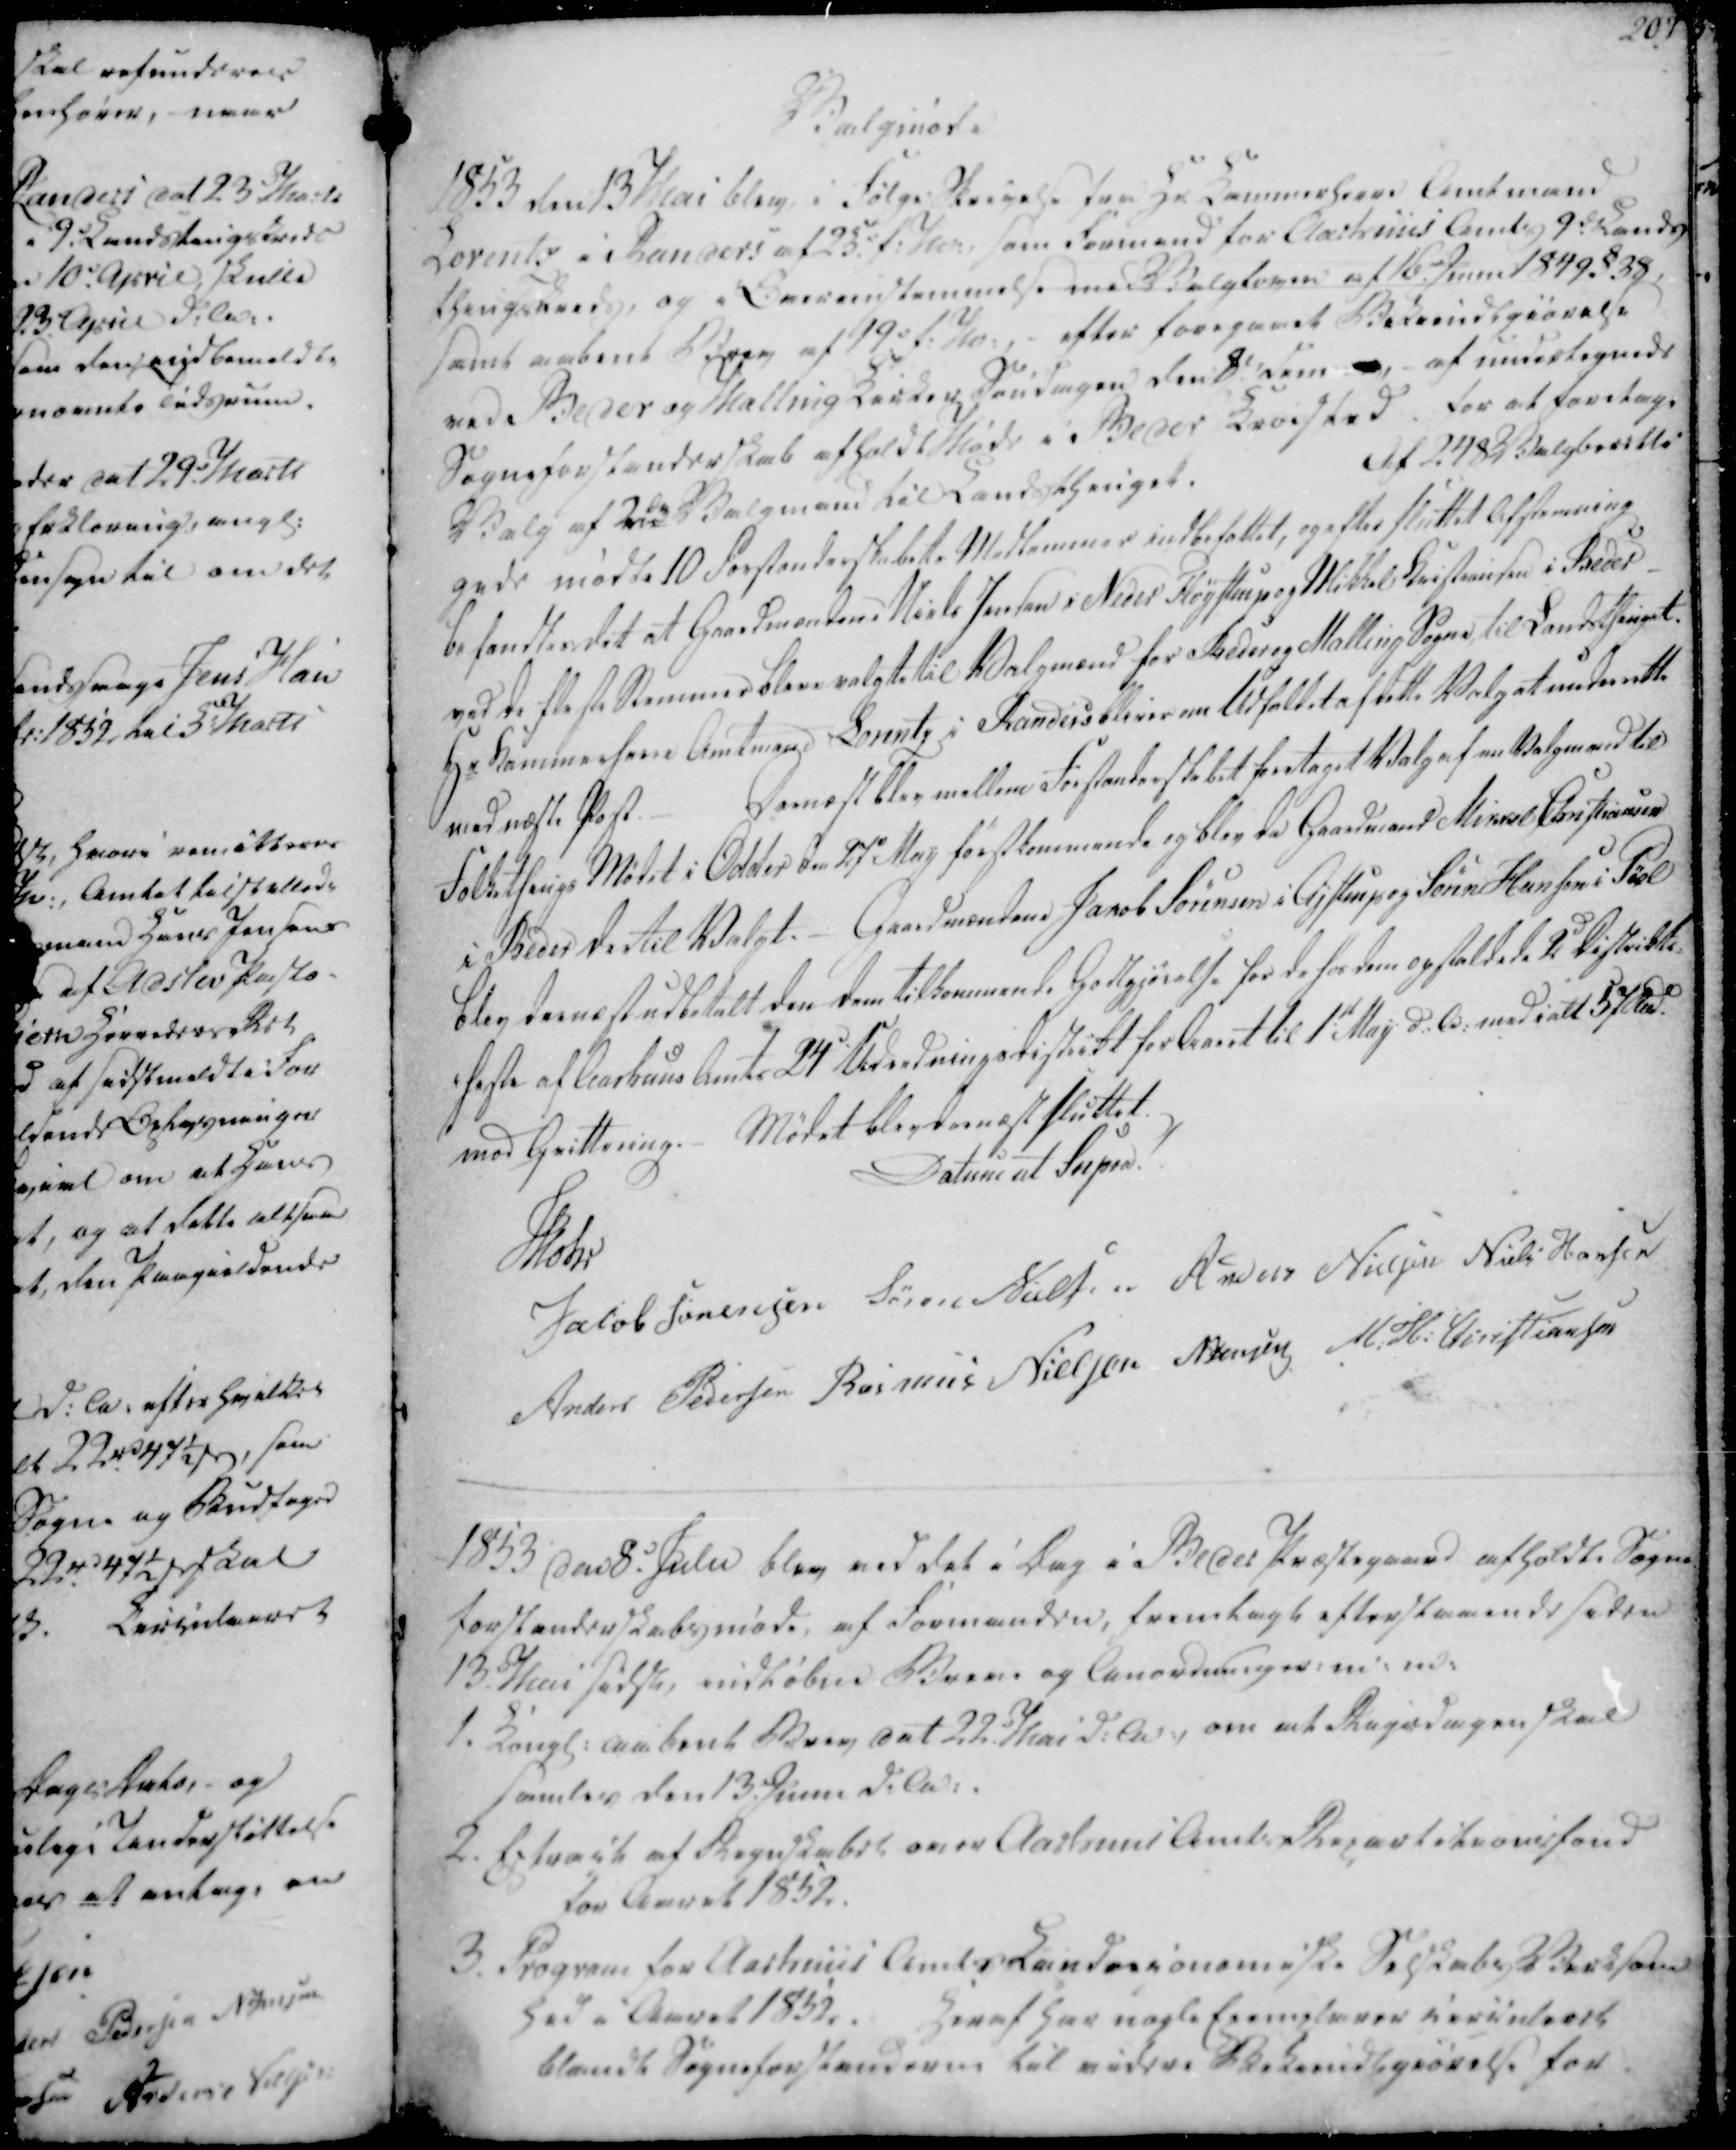
Transskription:
Valgmøde

1853 den 13 Mai blev i Følge Skrivelse fra Hr. Kammerherre Amtmand

Lorentz i Randers af 25. f.M., som Formand for Aarhuus Amts 9de. Lands

thingskreds, og i Overensstemmelse med Valgloven af 16. Junii 1849 §38,

samt aabent Brev af 19d f.M., - efter foregaaet Bekiendtgiørelse

ved Beder og Malling Kirker Søndagen den 8d. d.m

af undertegnede

Sogneforstanderskab afholdt Møde i Beder Kroested. for at foretage

Valgmøde
1853 den 13 Mai blev i Følge Skrivelse fra Hr. Kammerherre Amtmand
Lorentz i Randers af 25. f.M., som Formand for Aarhuus Amts 9de. Lands
thingskreds, og i Overensstemmelse med Valgloven af 16. Junii 1849 §38,
samt aabent Brev af 19d f.M., - efter foregaaet Bekiendtgiørelse
ved Beder og Malling Kirker Søndagen den 8d. d.m
af undertegnede
Sogneforstanderskab afholdt Møde i Beder Kroested. for at foretage

Valg af 2de Valgmand til Landsthinget.

Af 248 Valgberetti

gede mødte 10 Forstanderskabets Medlemmer indbefattet, og efter sluttet Afstemning

befandtes det at Gaardmændene Niels Jensen i Neder Fløystrup og Mikkel Kristiansen i Beder

med de fleste Stemmer bleve valgte til Valgmænd for Beder og Malling Sogne til Landsthinget.

Hr Kammerherre Amtmand Lorentz i Randers bliver om Udfaldet af dette Valg at underrette

ved næste Post.

Dernæst blev mellem Forstanderskabet foretaget Valg af en Valgmand til

Folkethings Mødet i Odder den 27 May førstkommende og blev da Gaardmand Mikkel Christiansen

i Beder dertil Valgt. Gaardmændene Jakob Sørensen i Ajstrup og Søren Hansen i Pøel

blev dernæst udbetalt den dem tilkommende Godtgjørelse for de for dem opstaldede 2d Distrikts-

-heste af Aarhuus Amts 24de Udredningsdistrikt for Aaret til 1st May d.A. med ialt 57 Rbd

mod Qvittering.

Mødet blev dernæst sluttet.

Valg af 2de Valgmand til Landsthinget.
Af 248 Valgberetti
gede mødte 10 Forstanderskabets Medlemmer indbefattet, og efter sluttet Afstemning
befandtes det at Gaardmændene Niels Jensen i Neder Fløystrup og Mikkel Kristiansen i Beder
med de fleste Stemmer bleve valgte til Valgmænd for Beder og Malling Sogne til Landsthinget.
Hr Kammerherre Amtmand Lorentz i Randers bliver om Udfaldet af dette Valg at underrette
ved næste Post.
Dernæst blev mellem Forstanderskabet foretaget Valg af en Valgmand til
Folkethings Mødet i Odder den 27 May førstkommende og blev da Gaardmand Mikkel Christiansen
i Beder dertil Valgt. Gaardmændene Jakob Sørensen i Ajstrup og Søren Hansen i Pøel
blev dernæst udbetalt den dem tilkommende Godtgjørelse for de for dem opstaldede 2d Distrikts-
-heste af Aarhuus Amts 24de Udredningsdistrikt for Aaret til 1st May d.A. med ialt 57 Rbd
mod Qvittering.
Mødet blev dernæst sluttet.

Datum ut Supra!

Mohr

Jacob Sørensen

Søren Nielsen

Anders Nielsen

Niels Hansen

Anders Pedersen

Rasmus Nielsen

N. Jensen

M. H. Christiansen

Datum ut Supra!
Mohr
Jacob Sørensen
Søren Nielsen
Anders Nielsen
Niels Hansen
Anders Pedersen
Rasmus Nielsen
N. Jensen
M. H. Christiansen

1853 den 8d. Julii blev ved det i Dag i Beder Præstegaard afholdte Sogne

forstanderskabsmøde, af Formanden, fremlagt efterstaaende siden

13. Mai sidstl, indløbne Breve og Anordninger, m. m.

1853 den 8d. Julii blev ved det i Dag i Beder Præstegaard afholdte Sogne
forstanderskabsmøde, af Formanden, fremlagt efterstaaende siden
13. Mai sidstl, indløbne Breve og Anordninger, m. m.

1. Kongl. aabent Brev dat 22 Mai d.A., om at Rigsdagen skal

samles den 13. Junii d.A.

2. Extract af Regnskabet over Aarhuus Amts Repartitionsfond

for Aaret 1852.

3. Program for Aarhuus Amts Landeøconomiske Selskabs Verksom

hed i Aaret 1852.

Heraf har nogle Exemplarer Circuleret

blandt Sogneforstanderne til videre Bekiendtgjørelse for

1. Kongl. aabent Brev dat 22 Mai d.A., om at Rigsdagen skal
samles den 13. Junii d.A.
2. Extract af Regnskabet over Aarhuus Amts Repartitionsfond
for Aaret 1852.
3. Program for Aarhuus Amts Landeøconomiske Selskabs Verksom
hed i Aaret 1852.
Heraf har nogle Exemplarer Circuleret
blandt Sogneforstanderne til videre Bekiendtgjørelse for